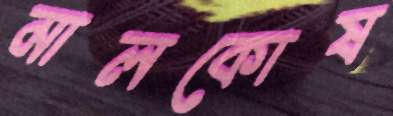
মালকোষ